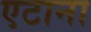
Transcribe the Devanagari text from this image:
एटाना